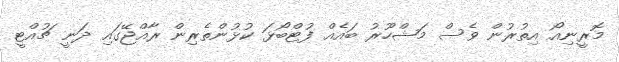
މޮރީނިއޯ އިތުރުން ވެސް މަޝްހޫރު ބައެއް ފުޓްބޯޅަ ކުޅުންތެރިން ރާއްޖޭގައި ދަނީ ޗުއްޓީ